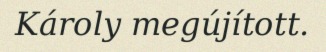
Károly megújított.